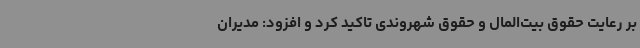
بر رعایت حقوق بیت‌المال و حقوق شهروندی تاکید کرد و افزود: مدیران